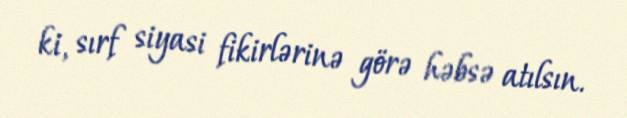
ki, sırf siyasi fikirlərinə görə həbsə atılsın.